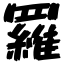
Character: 羅